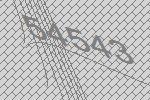
54543